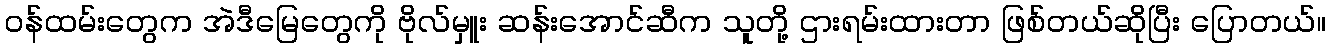
ဝန်ထမ်းတွေက အဲဒီမြေတွေကို ဗိုလ်မှူး ဆန်းအောင်ဆီက သူတို့ ဌားရမ်းထားတာ ဖြစ်တယ်ဆိုပြီး ပြောတယ်။